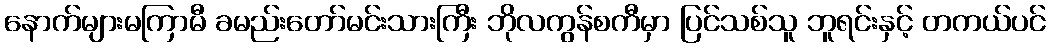
နောက်များမကြာမီ ခမည်းတော်မင်းသားကြီး ဘိုလကွန်စကီမှာ ပြင်သစ်သူ ဘူရင်းနှင့် တကယ်ပင်